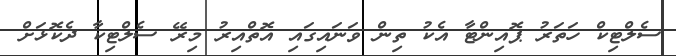
ސެލްޓިކް ހަތަރު ޕޮއިންޓާ އެކު ތިން ވަނައިގައި އޮތްއިރު މިރޭ ސެލްޓިކާ ދެކޮޅަށް